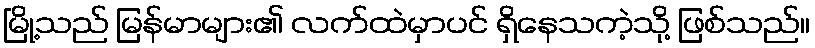
မြို့သည် မြန်မာများ၏ လက်ထဲမှာပင် ရှိနေသကဲ့သို့ ဖြစ်သည်။